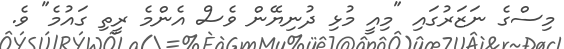
މިސްގެ ނަޒަރުގައި "މިއީ މުޅި ދުނިޔޭން ވެސް އެންމެ ރީތި ގައުމެ" ވެ.